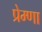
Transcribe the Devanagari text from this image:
प्रेम्णा